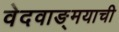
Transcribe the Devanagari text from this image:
वेदवाङ्मयाची